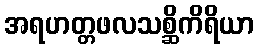
အရဟတ္တဖလသစ္ဆိကိရိယာ